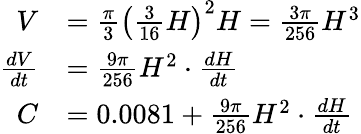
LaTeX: \begin{array}{rl}{V}&{=\frac{\pi}{3}\left(\frac{3}{16}H\right)^{2}H=\frac{3\pi}{256}H^{3}}\\ {\frac{dV}{dt}}&{=\frac{9\pi}{256}H^{2}\cdot\frac{dH}{dt}}\\ {C}&{=0.0081+\frac{9\pi}{256}H^{2}\cdot\frac{dH}{dt}}\end{array}